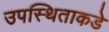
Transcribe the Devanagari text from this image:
उपस्थिताकडे